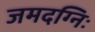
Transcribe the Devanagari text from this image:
जमदग्निः